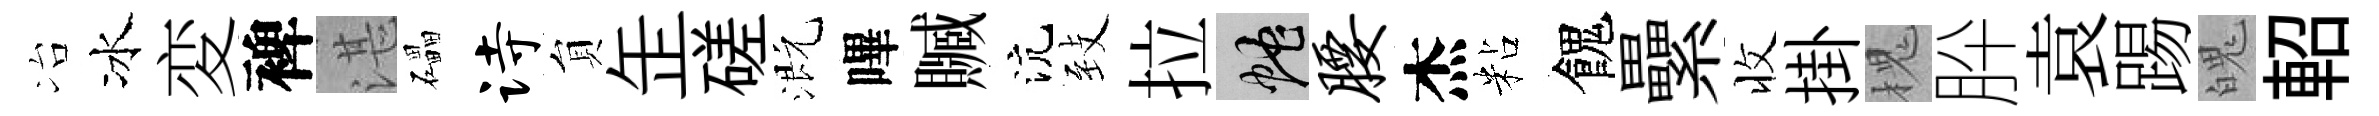
冶冰変裨湛礧诗貟𦈢磋溉嗶贓沆𦤺拉蛇腰杰粘餽纍收掛槐肸袁踢魄軺